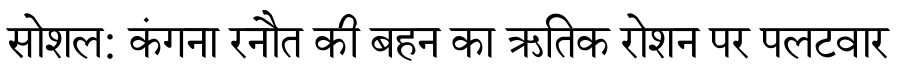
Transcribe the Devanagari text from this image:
सोशल: कंगना रनौत की बहन का ऋतिक रोशन पर पलटवार